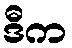
ဒီက